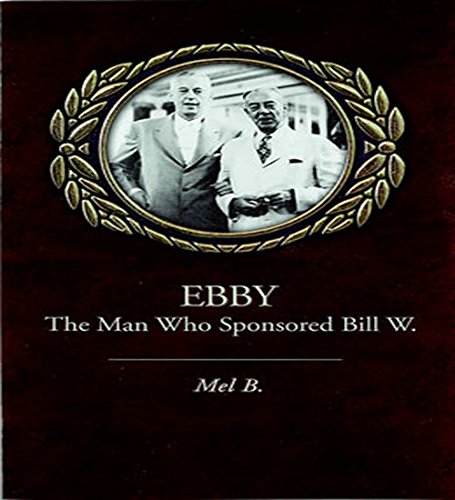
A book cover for Ebby: The Man Who Sponsored Bill W.; Mel B.; Self-Help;